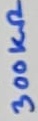
Text: 300kΩ